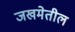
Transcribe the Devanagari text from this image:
जखमेतील